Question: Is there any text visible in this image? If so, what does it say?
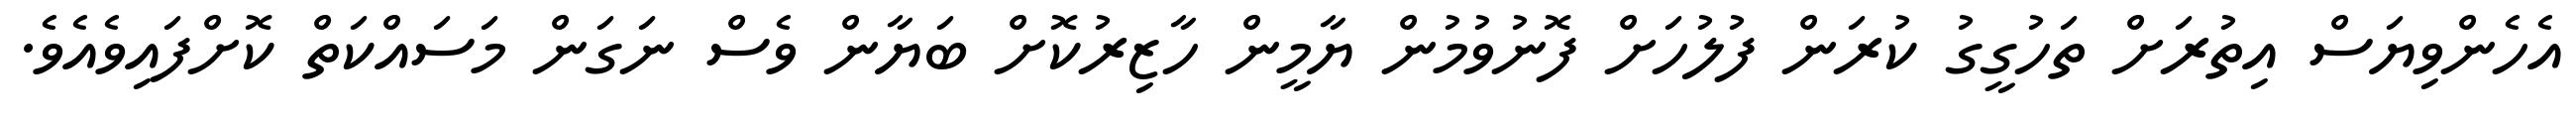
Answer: އެހެންވިޔަސް އިތުރަށް ތަހުގީގު ކުރަން ފުލުހަށް ފޮނުވުމުން ޔާމީން ހާޒިރުކޮށް ބަޔާން ވެސް ނަގަން މަސައްކަތް ކޮށްފައިވެއެވެ.